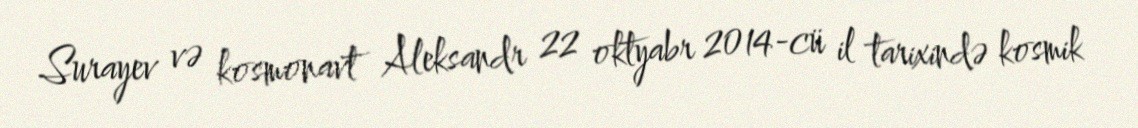
Surayev və kosmonavt Aleksandr 22 oktyabr 2014-cü il tarixində kosmik